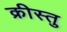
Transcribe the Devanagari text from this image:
क्रीस्तु